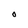
Character: O